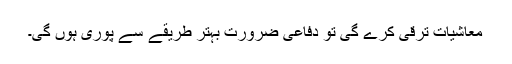
معاشیات ترقی کرے گی تو دفاعی ضرورت بہتر طریقے سے پوری ہوں گی۔